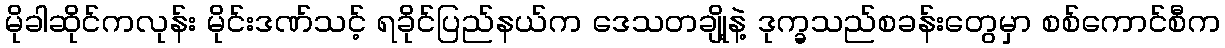
မိုခါဆိုင်ကလုန်း မိုင်းဒဏ်သင့် ရခိုင်ပြည်နယ်က ဒေသတချို့နဲ့ ဒုက္ခသည်စခန်းတွေမှာ စစ်ကောင်စီက